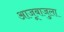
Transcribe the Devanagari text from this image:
आजूबाजुला